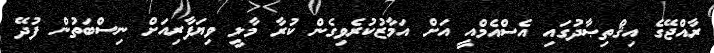
ރާއްޖޭގެ އިޤްތިޞާދުގައި އެސްއެމްއީ އަށް އަމާޒުކުރެވިގެން ކުރާ މާލީ ވިޔަފާރިއަށް ނިސްބަތުން ފުދޭ